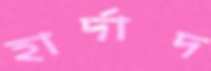
হার্দাদ